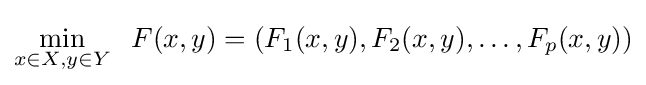
\min \limits _{x\in X,y\in Y}\;\;F(x,y)=(F_{1}(x,y),F_{2}(x,y),\ldots ,F_{p}(x,y))